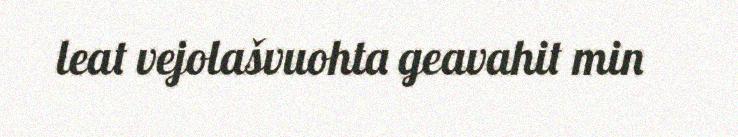
leat vejolašvuohta geavahit min